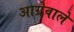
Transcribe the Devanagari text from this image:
आग्रेवाले